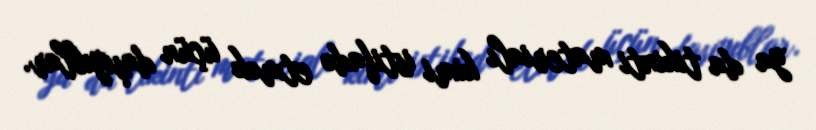
ya da tikinti materialı kimi istifadə etmək üçün daşıyıblar.